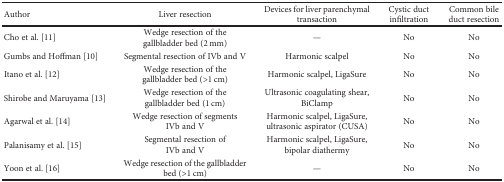
| Author | Liver resection | Devices for liver parenchymal transaction | Cystic duct infiltration | Common bile duct resection |
 | --- | --- | --- | --- | --- |
 | Cho et al. [11] | Wedge resection of the gallbladder bed (2 mm) | — | No | No |
 | Gumbs and Hoffman [10] | Segmental resection of IVb and V | Harmonic scalpel | No | No |
 | Itano et al. [12] | Wedge resection of the gallbladder bed (>1 cm) | Harmonic scalpel, LigaSure | No | No |
 | Shirobe and Maruyama [13] | Wedge resection of the gallbladder bed (1 cm) | Ultrasonic coagulating shear, BiClamp | No | No |
 | Agarwal et al. [14] | Wedge resection of segments IVb and V | Harmonic scalpel, LigaSure, ultrasonic aspirator (CUSA) | No | No |
 | Palanisamy et al. [15] | Segmental resection of IVb and V | Harmonic scalpel, LigaSure, bipolar diathermy | No | No |
 | Yoon et al. [16] | Wedge resection of the gallbladder bed (>1 cm) | — | No | No |